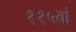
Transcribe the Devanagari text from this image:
११५वां